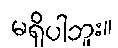
မရှိပါဘူး။